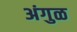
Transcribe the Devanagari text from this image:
अंगुळ